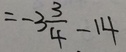
= - 3 \frac { 3 } { 4 } - 1 4